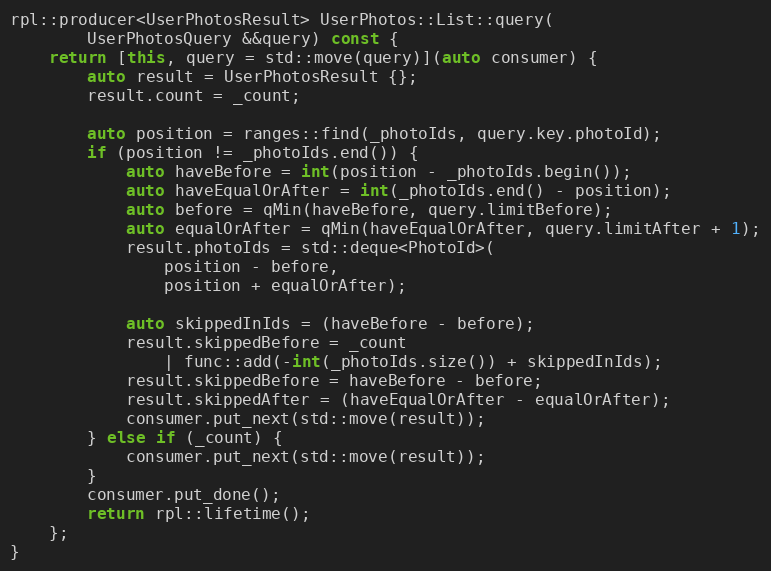
Language: C++
rpl::producer<UserPhotosResult> UserPhotos::List::query(
		UserPhotosQuery &&query) const {
	return [this, query = std::move(query)](auto consumer) {
		auto result = UserPhotosResult {};
		result.count = _count;

		auto position = ranges::find(_photoIds, query.key.photoId);
		if (position != _photoIds.end()) {
			auto haveBefore = int(position - _photoIds.begin());
			auto haveEqualOrAfter = int(_photoIds.end() - position);
			auto before = qMin(haveBefore, query.limitBefore);
			auto equalOrAfter = qMin(haveEqualOrAfter, query.limitAfter + 1);
			result.photoIds = std::deque<PhotoId>(
				position - before,
				position + equalOrAfter);

			auto skippedInIds = (haveBefore - before);
			result.skippedBefore = _count
				| func::add(-int(_photoIds.size()) + skippedInIds);
			result.skippedBefore = haveBefore - before;
			result.skippedAfter = (haveEqualOrAfter - equalOrAfter);
			consumer.put_next(std::move(result));
		} else if (_count) {
			consumer.put_next(std::move(result));
		}
		consumer.put_done();
		return rpl::lifetime();
	};
}